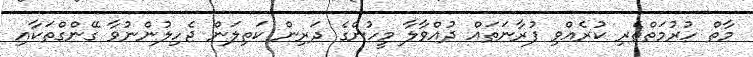
މާތް ހުރުމަތްތެރި ކުރެއްވި ފުރާނަތައް ދުއްވާލާ މީހުންގެ ދަރިން ކަތިލަން ޖެހިލުންނުވާ ގޭންގްތަކާއި